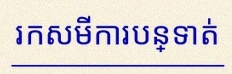
រកសមីការបន្ទាត់